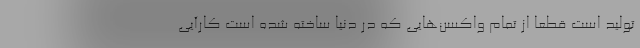
تولید است قطعا از تمام واکسن‌هایی که در دنیا ساخته شده است کارآیی